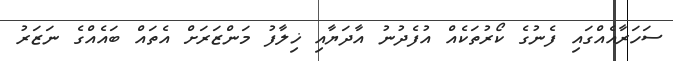
ސަހަރާއެއްގައި ފެނުގެ ކޯރުތަކެއް އުފެދުނު އާދަޔާއި ޚިލާފު މަންޒަރަށް އެތައް ބައެއްގެ ނަޒަރު